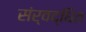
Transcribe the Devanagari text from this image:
संर्वद्धित